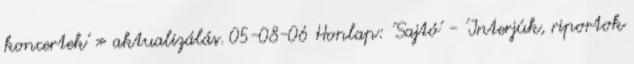
koncertek' » aktualizálás. 05-08-06 Honlap: 'Sajtó' - 'Interjúk, riportok